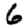
Digit: 6